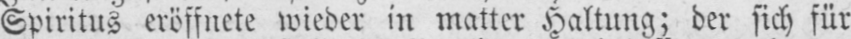
Spiritus eröffnete wieder in matter Haltung; der sich für